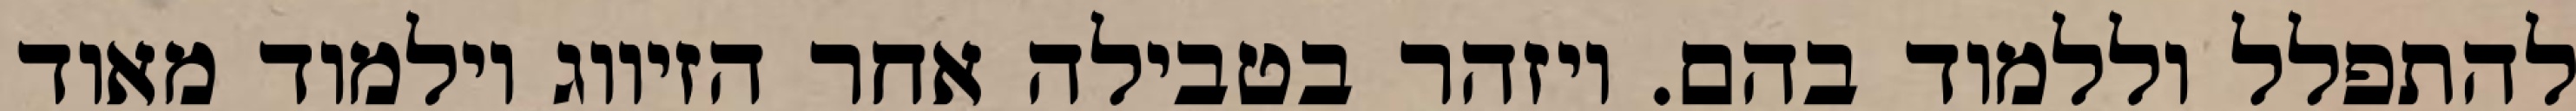
להתפלל וללמוד בהם. ויזהר בטבילה אחר הזיווג וילמוד מאוד